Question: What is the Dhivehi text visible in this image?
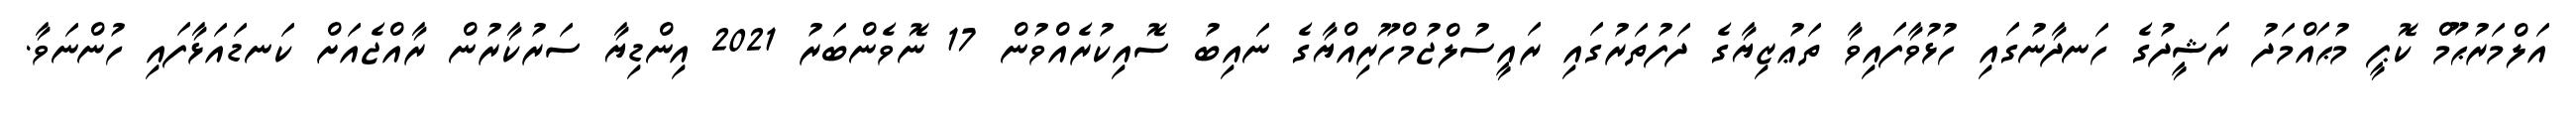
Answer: އަލްމަރުޙޫމް ކޮޕީ މުޙައްމަދު ރަޝީދުގެ ހަނދާނުގައި ހުޅުވާފައިވާ ތަޢުޒިޔާގެ ދަފުތަރުގައި ރައީސުލްޖުމްހޫރިއްޔާގެ ނައިބު ސޮއިކުރެއްވުން 17 ނޮވެންބަރު 2021 އިންޑިޔާ ސަރުކާރުން ރާއްޖެއަށް ކަނޑައަޅާފައި ހުންނަވާ.